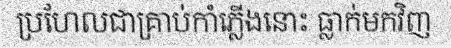
ប្រហែលជាគ្រាប់កាំភ្លើងនោះ ធ្លាក់មកវិញ